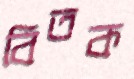
বিতক